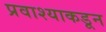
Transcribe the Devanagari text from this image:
प्रवाश्याकडून